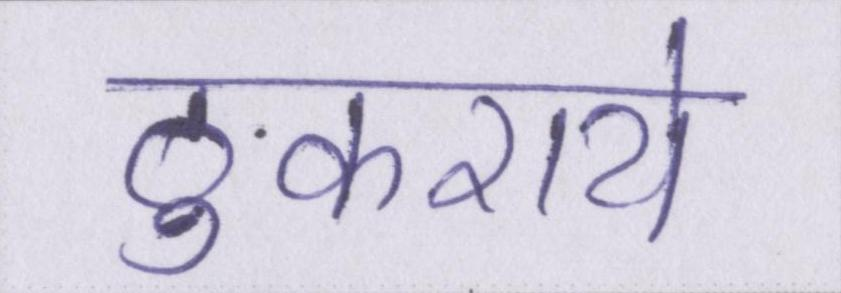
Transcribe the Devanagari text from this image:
ठुकराये